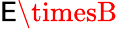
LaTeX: \mathsf{E}\timesB